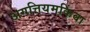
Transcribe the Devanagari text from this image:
अगत्तियमकिंवा